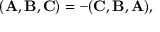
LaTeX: ( { \bf A } , { \bf B } , { \bf C } ) = - ( { \bf C } , { \bf B } , { \bf A } ) ,